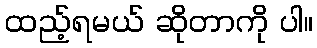
ထည့်ရမယ် ဆိုတာကို ပါ။